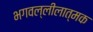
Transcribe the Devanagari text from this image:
भगवल्लीलात्मक